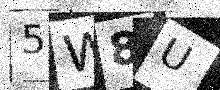
Text: 5W8U